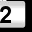
Digit: 2